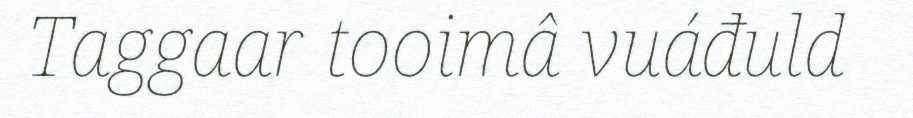
Taggaar tooimâ vuáđuld